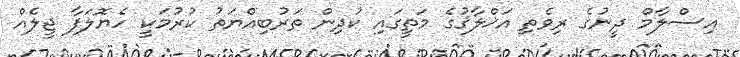
އިސްލާމް ދީނުގެ ރިވެތި އަޚްލާޤުގެ މަތީގައި ކުދިން ތަރުބިއްޔަތު ކުރުމަކީ ހެޔޮލަފާ ޖީލެއް